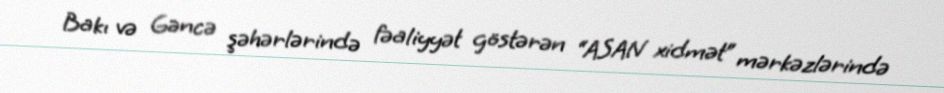
Bakı və Gəncə şəhərlərində fəaliyyət göstərən “ASAN xidmət” mərkəzlərində